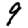
Digit: 9